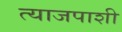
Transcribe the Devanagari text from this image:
त्याजपाशी